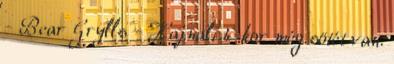
- Bear Grylls - Hajnali 4-kor még sötét van.